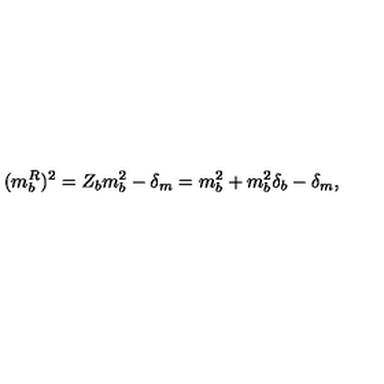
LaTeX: ( m _ { b } ^ { R } ) ^ { 2 } = Z _ { b } m _ { b } ^ { 2 } - \delta _ { m } = m _ { b } ^ { 2 } + m _ { b } ^ { 2 } \delta _ { b } - \delta _ { m } ,